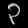
Digit: ၃